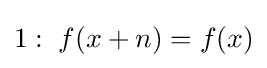
1:\;f(x+n)=f(x)